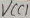
Text: VCC1